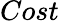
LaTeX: Cost